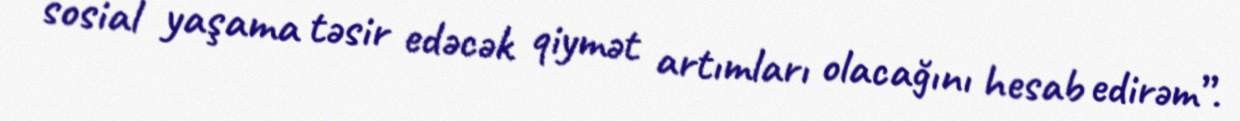
sosial yaşama təsir edəcək qiymət artımları olacağını hesab edirəm”.